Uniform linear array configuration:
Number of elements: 24
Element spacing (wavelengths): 0.75
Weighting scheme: kaiser
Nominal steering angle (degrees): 30
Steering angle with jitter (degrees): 31.14
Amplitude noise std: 0.05
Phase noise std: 0.05

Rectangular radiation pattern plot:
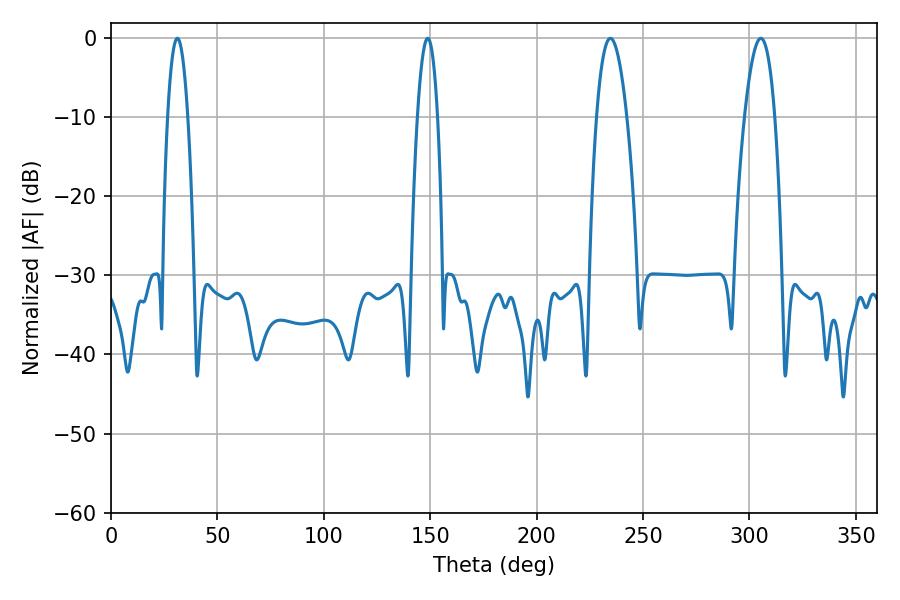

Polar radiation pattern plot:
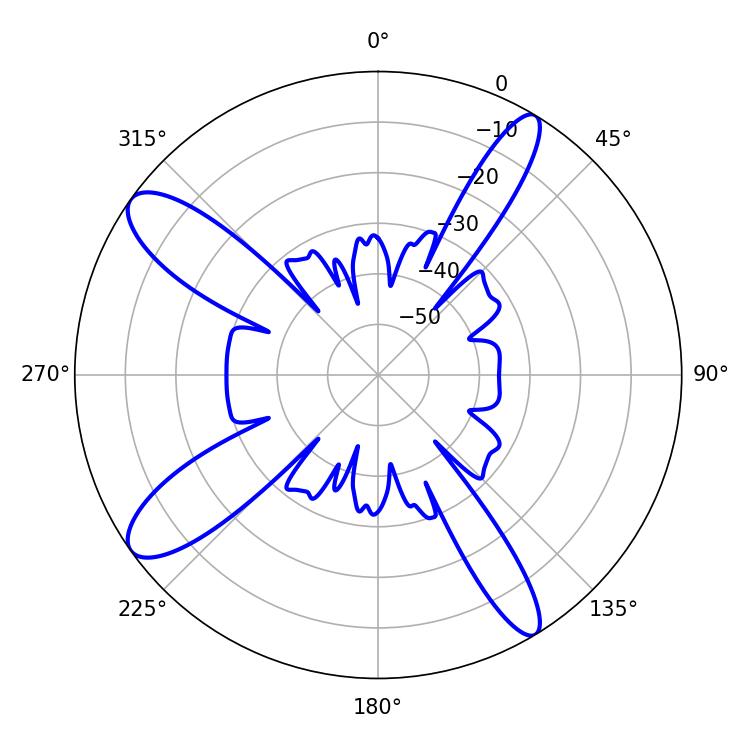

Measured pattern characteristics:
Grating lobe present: TRUE
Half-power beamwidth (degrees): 5.22
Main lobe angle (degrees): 31.14